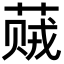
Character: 𬝠